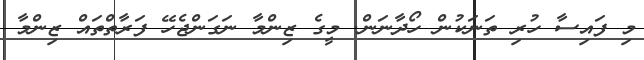
މި ފައިސާ ހުރި ތަނަކުން ހޯދާނަން. މީގެ ޒިންމާ ނަގަންޖެހޭ ފަރާތްތައް ޒިންމާ